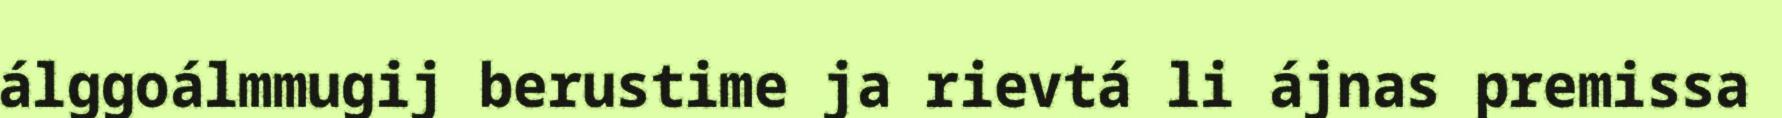
álggoálmmugij berustime ja rievtá li ájnas premissa